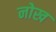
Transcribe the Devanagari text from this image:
नोख